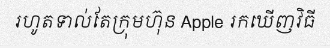
រហូតទាល់តែក្រុមហ៊ុន Apple រកឃើញវិធី